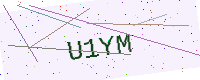
Text: U1YM